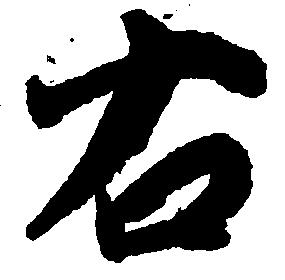
右